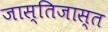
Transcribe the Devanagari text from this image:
जास्तिजास्त